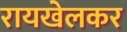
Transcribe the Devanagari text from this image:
रायखेलकर